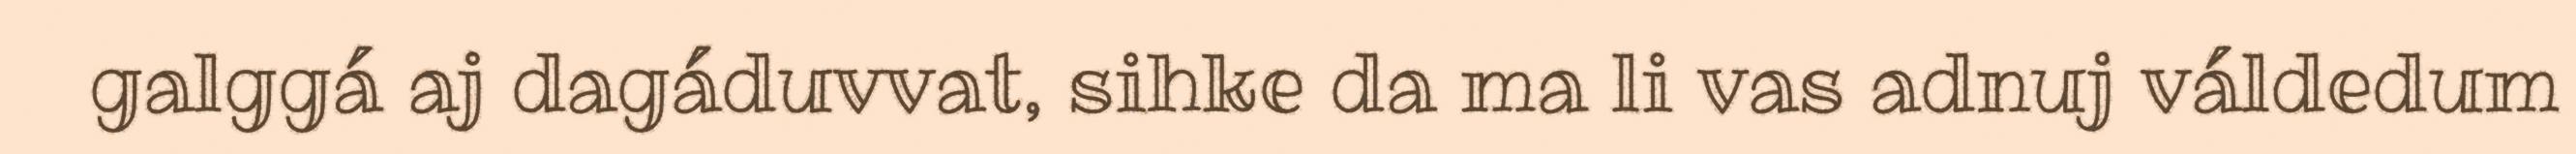
galggá aj dagáduvvat, sihke da ma li vas adnuj váldedum